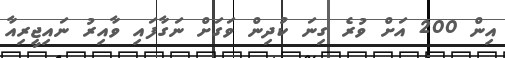
އިން 200 އަށް ވުރެ ގިނަ ކުދިން ވަގަށް ނަގާފައި ވާއިރު ނައިޖީރިއާ